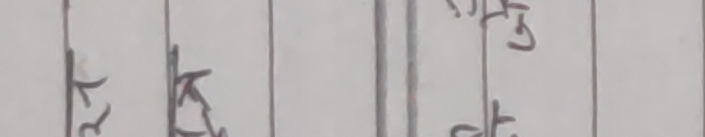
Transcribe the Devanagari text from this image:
र आ